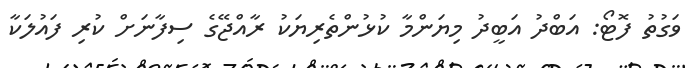
ވަގުތު ފޮޓޯ: އަބްދު އަބީދު މިޔަންމާ ކުޅުންތެރިޔަކު ރާއްޖޭގެ ސިފާނަށް ކުރި ފައުލަކާ